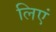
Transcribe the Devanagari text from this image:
लिएं